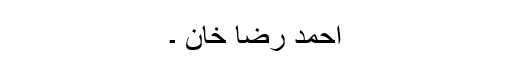
احمد رضا خان ۔